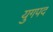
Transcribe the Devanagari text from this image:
युगपद